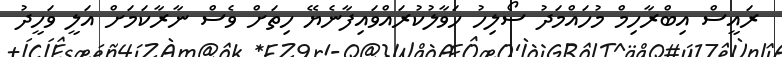
ރައީސް އިބްރާހިމް މުހައްމަދު ސޯލިހު ހަވާލުކުރައްވައިފާނެޔޭ ހިތަށް ވެސް ނާރާކަމަށް އަލީ ވަހީދު